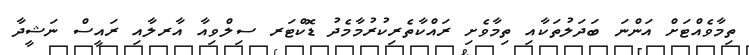
ތިމާވެއްޓަށް އަންނަ ބަދަލުތަކާއި ތިމާވެށި ރައްކާތެރިކުރުމާމެދު ޑޮކްޓަރ ސިލްވިއާ އާރލާއި ރައީސް ނަޝީދާ